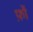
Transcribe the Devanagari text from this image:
फ़ों